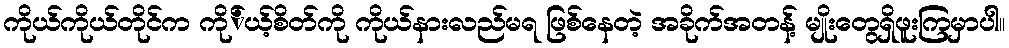
ကိုယ်ကိုယ်တိုင်က ကို်ယ့်စိတ်ကို ကိုယ်နားလည်မရ ဖြစ်နေတဲ့ အခိုက်အတန့် မျိုးတွေရှိဖူးကြမှာပါ။